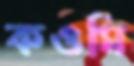
কওমি